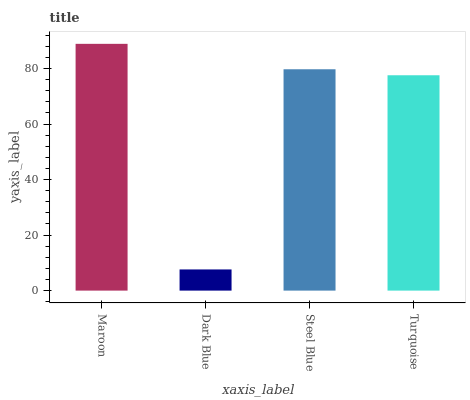
| xaxis_label | bars |
 | --- | --- |
 | Maroon | 88.9 |
 | Dark Blue | 7.63 |
 | Steel Blue | 79.7 |
 | Turquoise | 77.6 |